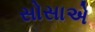
સોસાએ